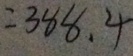
= 3 8 8 . 4